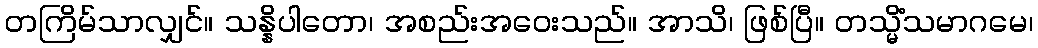
တကြိမ်သာလျှင်။ သန္နိပါတော၊ အစည်းအဝေးသည်။ အာသိ၊ ဖြစ်ပြီ။ တသ္မိံသမာဂမေ၊